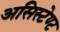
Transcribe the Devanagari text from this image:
असिस्टेण्ट